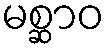
မစ္ဆာဝ